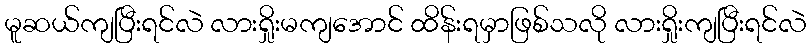
မူဆယ်ကျပြီးရင်လဲ လားရှိုးမကျအောင် ထိန်းရမှာဖြစ်သလို လားရှိုးကျပြီးရင်လဲ